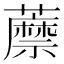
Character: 𧂷